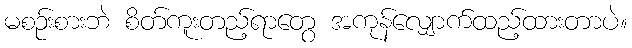
မစဉ်းစားဘဲ စိတ်ကူးတည့်ရာတွေ အကုန်လျှောက်ထည့်ထားတာပဲ။